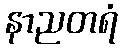
နာညတရံ